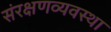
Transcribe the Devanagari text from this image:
संरक्षणव्यवस्था